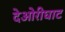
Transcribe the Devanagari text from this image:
देओरीघाट